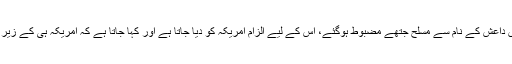
اس طرح مقبوضہ افغانستان میں داعش کے نام سے مسلح جتھے مضبوط ہوگئے، اس کے لیے الزام امریکہ کو دیا جاتا ہے اور کہا جاتا ہے کہ امریکہ ہی کے زیر سایہ داعش پھل پھول رہی ہے۔